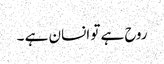
روح ہے تو انسان ہے ۔